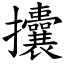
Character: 攮